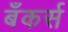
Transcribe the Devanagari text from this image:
बँकर्स